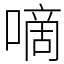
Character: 嘀